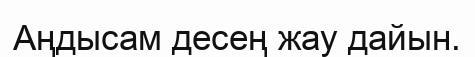
Аңдысам десең жау дайын.